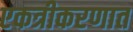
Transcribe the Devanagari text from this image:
एकत्रीकरणात